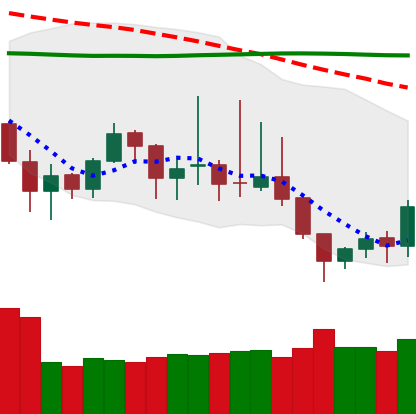
Ticker: DOGE-USD
Chart end date: 2019-09-02
Forward return: -3.12%
Label: down_3_5